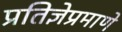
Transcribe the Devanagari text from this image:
प्रतिज्ञेप्रमाणे